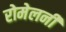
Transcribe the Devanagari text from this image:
रोमेलनी